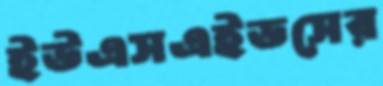
ইউএসএইডসের